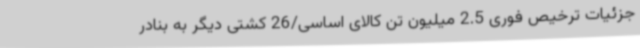
جزئیات ترخیص فوری 2.5 میلیون تن کالای اساسی/26 کشتی دیگر به بنادر